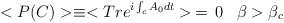
\begin{align*}<P(C)> \equiv <Tr e^{i\int _c A_0 dt}> \, = \, 0 \; \; \; \beta > \beta _c\end{align*}